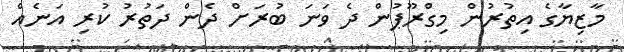
މާޒިޔާގެ އިތުރުން މިގްރޫޕުން ދެ ވަނަ ބުރަށް ދެން ދަތުރު ކުރި އަނެއް